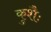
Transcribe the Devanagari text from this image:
कुशैः